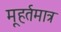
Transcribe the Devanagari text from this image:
मूहर्तमात्र